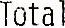
TOTAL